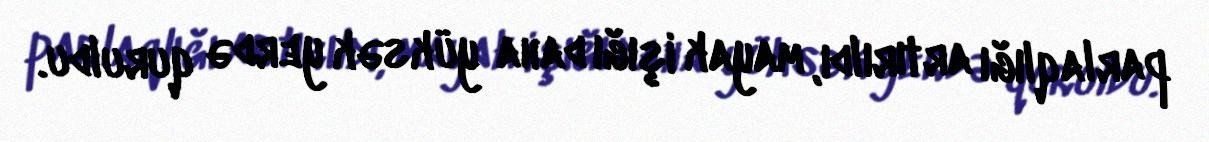
parlaqlığı artırıldı, mayak işığı daha yüksək yerdə quruldu.